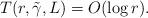
LaTeX: \begin{align*}T(r,\tilde{\gamma},L) = O(\log r).\end{align*}